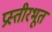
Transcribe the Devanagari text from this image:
प्रस्तीरभूत